Report on plague and inoculation in the Punjab from October 1st ... to September 30th..., being the ... season of plague in the province
Disease focus: Plague
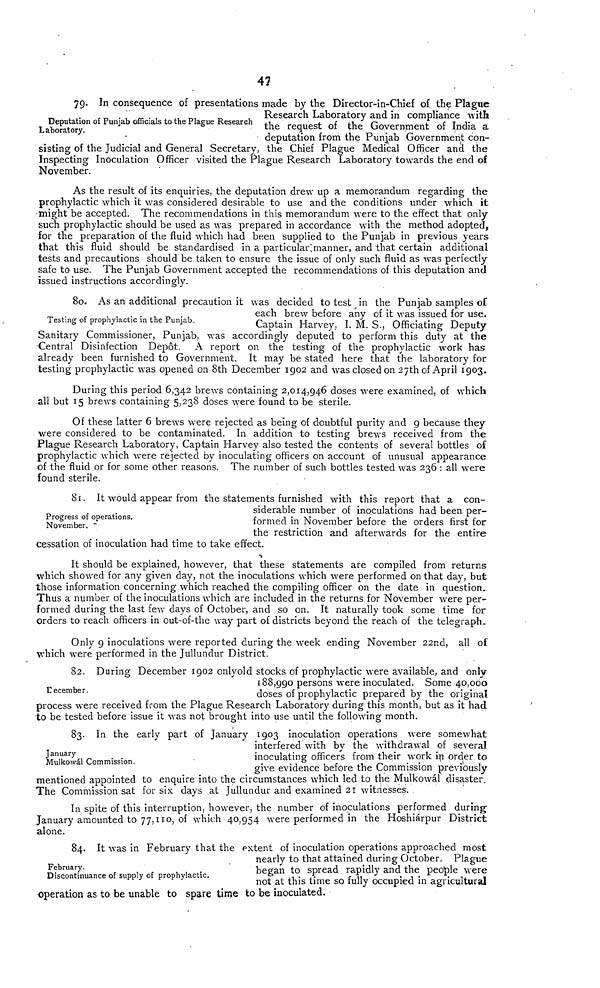
47
Deputation of Punjab officials to the Plague Research
Laboratory.
79. In consequence of presentations made by the Director-in-Chief of, the Plague
Research Laboratory and in compliance with
the request of the Government of India a
deputation from the Punjab Government con-
sisting of the Judicial and General Secretary, the Chief Plague Medical Officer and the
Inspecting Inoculation Officer visited the Plague Research Laboratory towards the end o£
November.
As the result of its enquiries, the deputation drew up a memorandum regarding the
prophylactic which it was considered desirable to use and the conditions under which it
might be accepted. The recommendations in this memorandum were to the effect that only
such prophylactic should be used as was prepared in accordance with the method adopted,
for the preparation of the fluid which had been supplied to the Punjab in previous years
that this fluid should be standardised in a particular; manner, and that certain additional
tests and precautions should be taken to ensure the issue of only such fluid as was perfectly
safe to use. The Punjab Government accepted the recommendations of this deputation and
issued instructions accordingly.
Testing of prophylactic in the Punjab.
80. As an additional precaution it was decided to test in the Punjab samples of
each brew before any of it was issued for use.
Captain Harvey, I. M. S., Officiating Deputy
Sanitary Commissioner, Punjab, was accordingly deputed to perform this duty at the
Central Disinfection Depot. A report on the testing of the prophylactic work has
already been furnished to Government. It may be stated here that the laboratory for
testing prophylactic was opened on 8th December 1902 and was closed on 27thof April 1903.
During this period 6,342 brews containing 2,014,946 doses were examined, of which
all but 15 brews containing 5,238 doses were found to be sterile.
Of these latter 6 brews were rejected as being of doubtful purity and 9 because they
were considered to be contaminated. In addition to testing brews received from the
Plague Research Laboratory, Captain Harvey also tested the contents of several bottles of
prophylactic which were rejected by inoculating officers on account of unusual appearance
of the fluid or for some other reasons. The number of such bottles tested was 236 : all were
found sterile.
Progress of operations.
November.
81. It would appear from the statements furnished with this report that a con-
siderable number of inoculations had been per-
formed in November before the Orders first for
the restriction and afterwards for the entire
cessation of inoculation had time to take effect.
It should be explained, however, that these statements are compiled from returns
which showed for any given day, not the inoculations which were performed on that day, but
those Information concerning which reached the compiling officer on the date in question.
Thus a number of the inoculations which are included in the returns for November were per-
formed during the last few days of October, and so on. It naturally took some time for
Orders to reach officers in out-of-the way part of districts beyond the reach of the telegraph.
Only 9 inoculations were reported during the week ending November 22nd, all of
which were performed in the Jullundur District.
December.
82. During December 1902 onlyold Stocks of prophylactic were available, and only
188,990 persons were inoculated. Some 40,000
doses of prophylactic prepared by the original
process were received from the Plague Research Laboratory during this month, but as it had
to be tested before issue it was not brought into use until the following month.
January
Mulkowäl Commission.
83. In the early part of January 1903 inoculation operations were somewhat
interfered with by the withdrawal of several
inoculating officers from their work in Order to
give evidence before the Commission previously
mentioned appointed to enquire into the circumstances which led to the Mulkowäl disaster.
The Commission sat for six days at Jullundur and examined 21 witnesses.
In spite of this Interruption, however, the number of inoculations performed during-
January amounted to 77,110, of which 40,954 were performed in the Hoshiárpur District
alone.
February.
Discontinuance of supply of prophylactic.
84. It was in February that the extent of inoculation operations approached most
nearly to that attained during October. Plague
began to spread rapidly and the people were
not at this time so fully occupied in agricultural
Operation as to be unable to spare time to be inoculated.